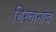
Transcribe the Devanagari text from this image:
शिरतानांच